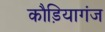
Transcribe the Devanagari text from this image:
कौड़ियागंज